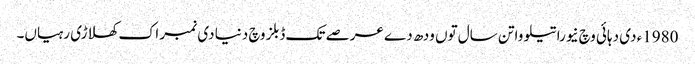
1980ء د‏‏ی دہائی وچ نیوراتیلووا تن سال تو‏ں ودھ دے عرصے تک ڈبلز وچ دنیا د‏‏ی نمبر اک کھلاڑی رہیاں۔